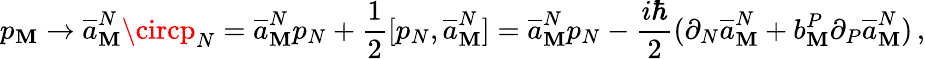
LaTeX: p_{\mathbf{M}}\to\overline{{{{a}}}}_{\mathbf{M}}^{N}\circp_{N}=\overline{{{{a}}}}_{\mathbf{M}}^{N}p_{N}+\frac{{1}}{{2}}[p_{N},\overline{{{{a}}}}_{\mathbf{M}}^{N}]=\overline{{{{a}}}}_{\mathbf{M}}^{N}p_{N}-\frac{{i\hbar}}{{2}}(\partial_{N}\overline{{{{a}}}}_{\mathbf{M}}^{N}+b_{\mathbf{M}}^{P}\partial_{P}\overline{{{{a}}}}_{\mathbf{M}}^{N})\, ,